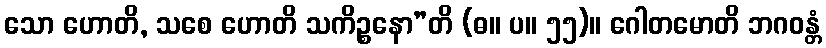
သော ဟောတိ, သစေ ဟောတိ သကိဉ္စနော”တိ (ဓ။ ပ။ ၅၅)။ ဂေါတမောတိ ဘဂဝန္တံ